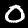
Digit: 0